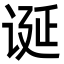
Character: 诞